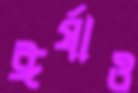
ঈর্ষাও